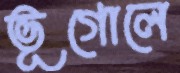
ভূগোলে